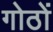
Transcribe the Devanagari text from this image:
गोठों